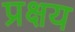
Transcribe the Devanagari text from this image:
प्रक्षय